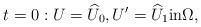
LaTeX: \begin{align*}t=0:U=\widehat{U}_0,U'=\widehat{U}_1 \hbox{in} \Omega,\end{align*}